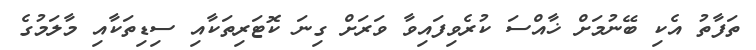
ތަފާތު އެކި ބޭނުމަށް ޚާއްސަ ކުރެވިފައިވާ ވަރަށް ގިނަ ކޮޓަރިތަކާއި ސިޑިތަކާއި މާލަމުގެ